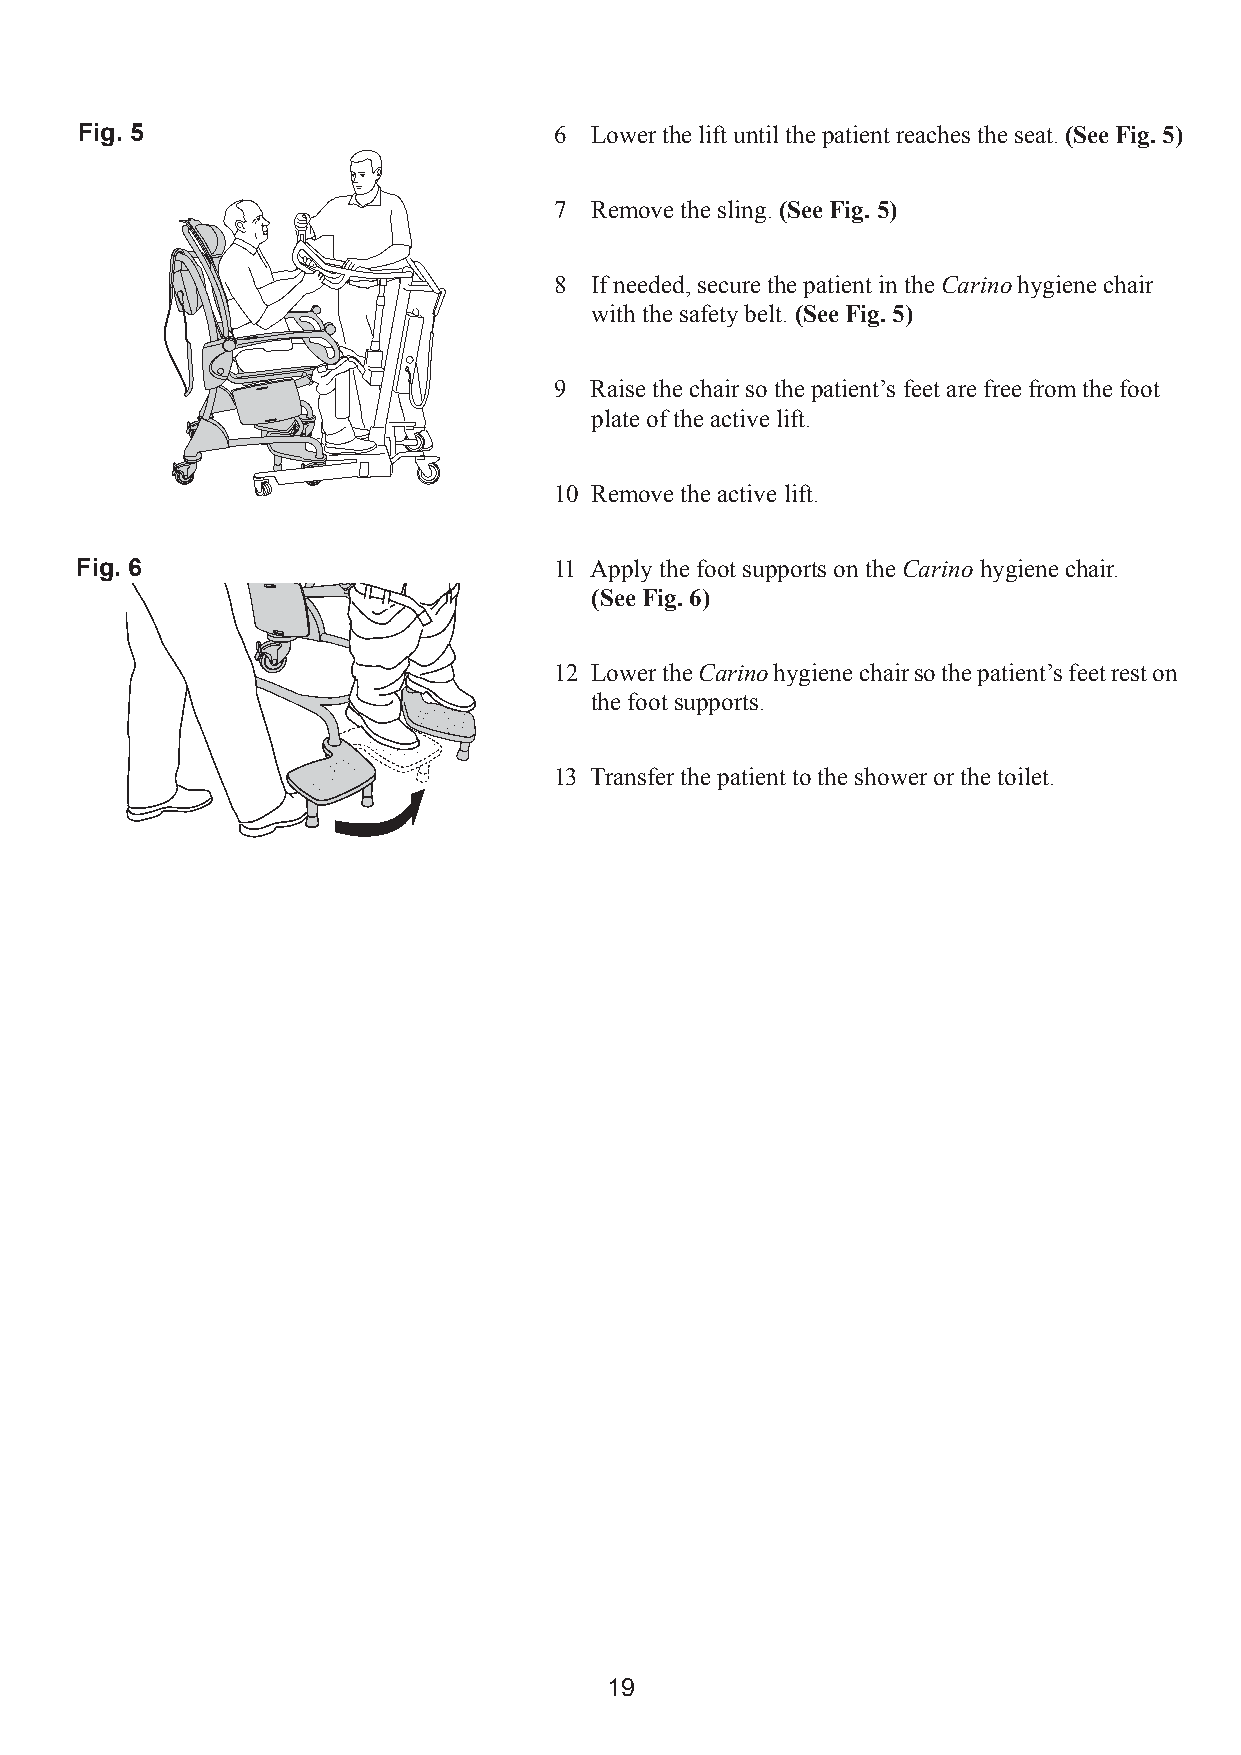
Fig. 5                          6 Lower the lift until the patient reaches the seat. (See Fig. 5)
 7 Remove the sling. (See Fig. 5)
 8 If needed, secure the patient in the Carino hygiene chair
 with the safety belt. (See Fig. 5)
 9 Raise the chair so the patient’s feet are free from the foot
 plate of the active lift.
 10 Remove the active lift.
 Fig. 6                          11 Apply the foot supports on the Carino hygiene chair.
 (See Fig. 6)
 12 Lower the Carino hygiene chair so the patient’s feet rest on
 the foot supports.
 13 Transfer the patient to the shower or the toilet.
 19